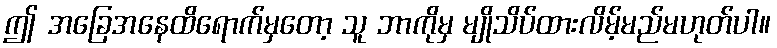
ဤ အခြေအနေထိရောက်မှတော့ သူ ဘာကိုမှ မျိုသိပ်ထားလိမ့်မည်မဟုတ်ပါ။